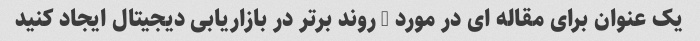
یک عنوان برای مقاله ای در مورد 5 روند برتر در بازاریابی دیجیتال ایجاد کنید